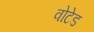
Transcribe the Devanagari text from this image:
वोटेड